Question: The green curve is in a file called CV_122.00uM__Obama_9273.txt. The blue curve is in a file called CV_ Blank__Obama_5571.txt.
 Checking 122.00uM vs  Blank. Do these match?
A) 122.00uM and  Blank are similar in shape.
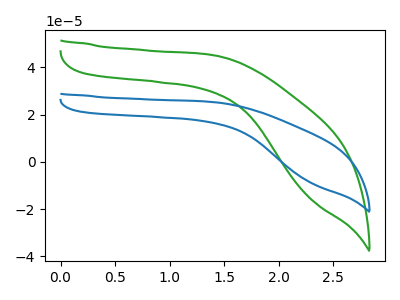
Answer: <think>The green curve "122.00uM" has no peaks. The blue curve " Blank" has no peaks.
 Neither "122.00uM" or " Blank" have any peaks.</think>
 <answer>A) "122.00uM" and " Blank" are similar in shape.</answer>
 <eval>A</eval>